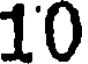
10